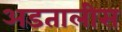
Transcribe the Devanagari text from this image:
अडतालीस